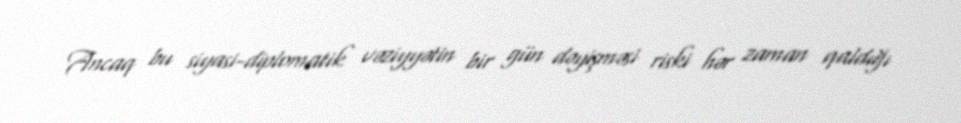
Ancaq bu siyasi-diplomatik vəziyyətin bir gün dəyişməsi riski hər zaman qaldığı